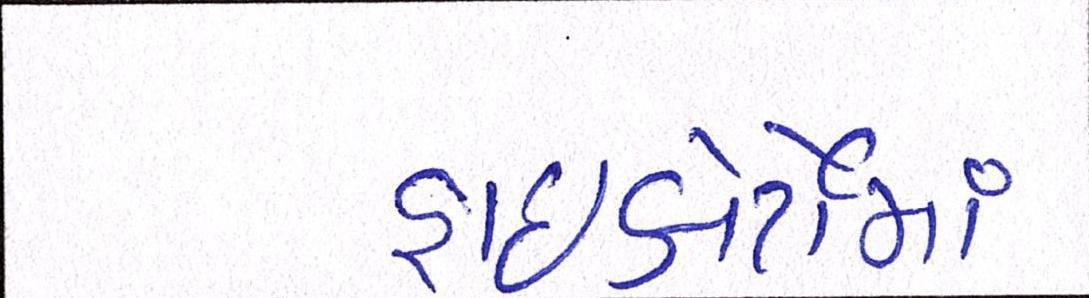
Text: હાઇકોર્ટોમાં